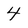
Character: 4